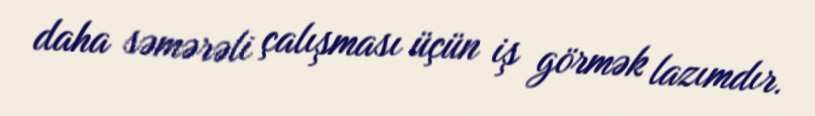
daha səmərəli çalışması üçün iş görmək lazımdır.